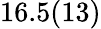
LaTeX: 16.5(13)